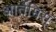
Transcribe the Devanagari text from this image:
आर्तेमिस्